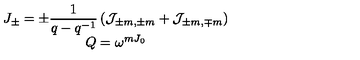
\begin{array} { c } { J _ { \pm } = \displaystyle \pm \frac { 1 } { q - q ^ { - 1 } } \left( { \cal J } _ { \pm m , \pm m } + { \cal J } _ { \pm m , \mp m } \right) } \\ { Q = \omega ^ { m J _ { 0 } } } \\ \end{array}